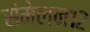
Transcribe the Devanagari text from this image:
संमेलन१२